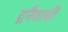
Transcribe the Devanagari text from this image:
द्रनैवाची